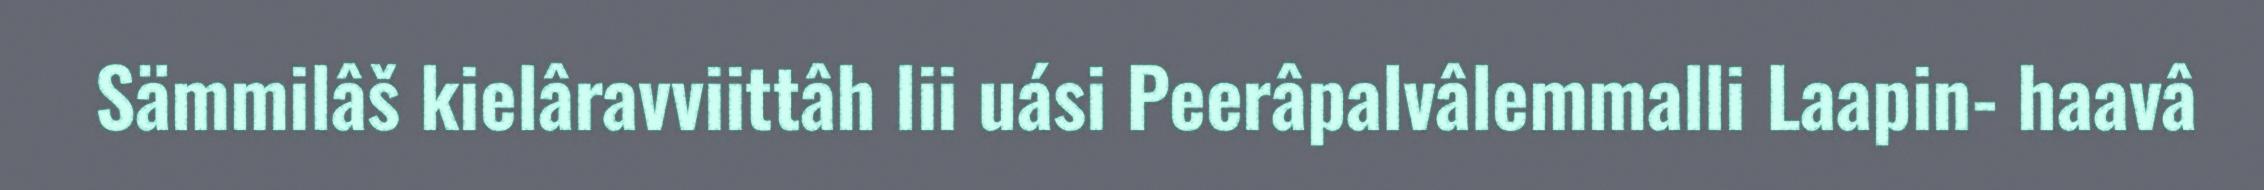
Sämmilâš kielâravviittâh lii uási Peerâpalvâlemmalli Laapin- haavâ